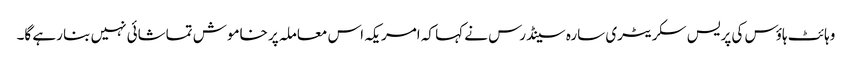
وہائٹ ہاؤس کی پریس سکریٹری سارہ سینڈرس نے کہا کہ امریکہ اس معاملہ پر خاموش تماشائی نہیں بنا رہے گا۔